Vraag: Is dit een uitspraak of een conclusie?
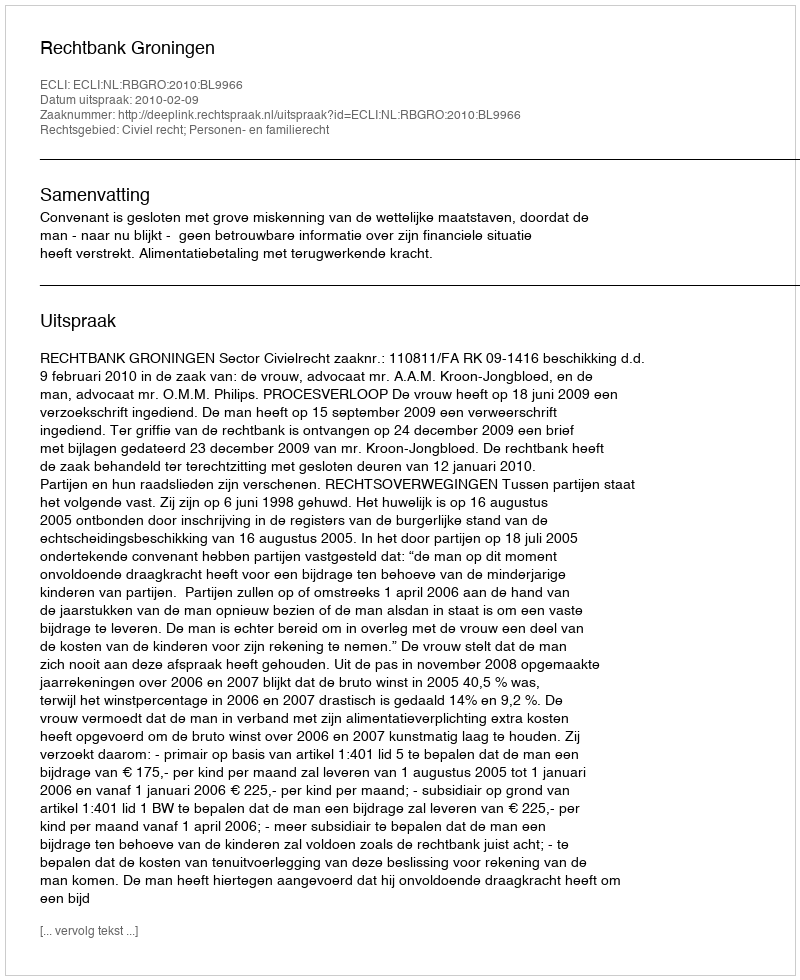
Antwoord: Uitspraak